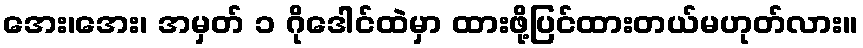
အေး၊အေး၊ အမှတ် ၁ ဂိုဒေါင်ထဲမှာ ထားဖို့ပြင်ထားတယ်မဟုတ်လား။